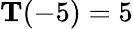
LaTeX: \mathbf{T}(-5)=5